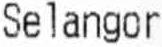
SELANGOR